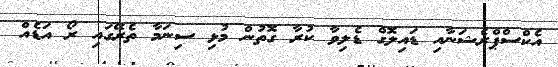
އެކްސްޕްރެޝަނާއި ޑައިލޮގް ޑެލިވާ ކުރާ ގޮތުން މުޅި ސިނަމާ ތެރޭގައި ރޯ އަޑެއް